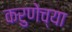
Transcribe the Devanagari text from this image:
करुणेच्या